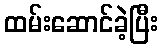
ထမ်းဆောင်ခဲ့ပြီး